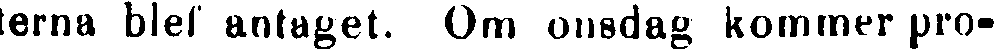
terna blef antaget. Om onsdag kommer pro-